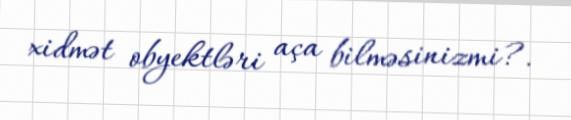
xidmət obyektləri aça bilməsinizmi?.